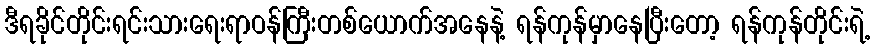
ဒီရခိုင်တိုင်းရင်းသားရေးရာဝန်ကြီးတစ်ယောက်အနေနဲ့ ရန်ကုန်မှာနေပြီးတော့ ရန်ကုန်တိုင်းရဲ့